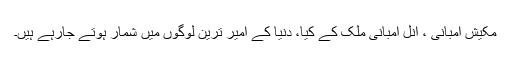
مکیش امبانی ، انل امبانی ملک کے کیا، دنیا کے امیر ترین لوگوں میں شمار ہوتے جارہے ہیں۔